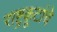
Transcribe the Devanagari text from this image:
राष्ट्रकूटांचे